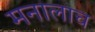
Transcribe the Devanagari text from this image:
मनालाच